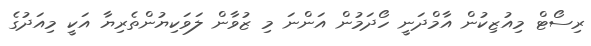
ރިސޯޓް މިއުޒިކުން އާމްދަނީ ހޯދަމުން އަންނަ މި ޒުވާން ލަވަކިޔުންތެރިޔާ އަކީ މިއަދުގެ